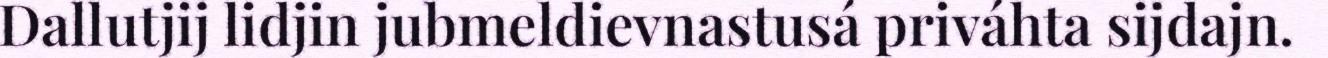
Dallutjij lidjin jubmeldievnastusá priváhta sijdajn.